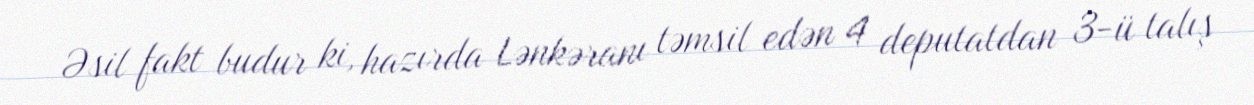
Əsil fakt budur ki, hazırda Lənkəranı təmsil edən 4 deputatdan 3-ü talış